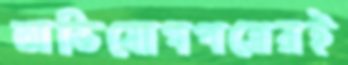
অভিযোগপত্রেরই